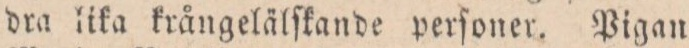
dra lika krångelälſkande perſoner. Pigan